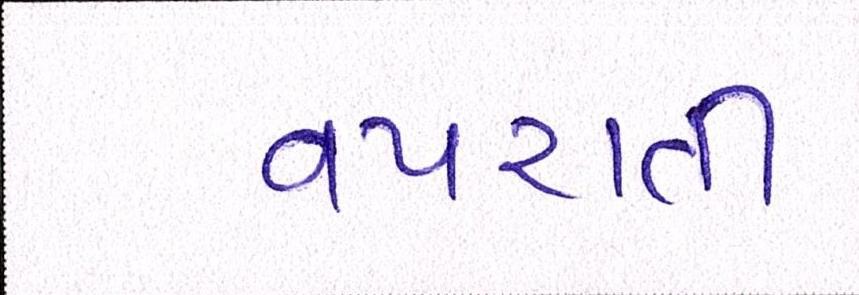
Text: વપરાતી